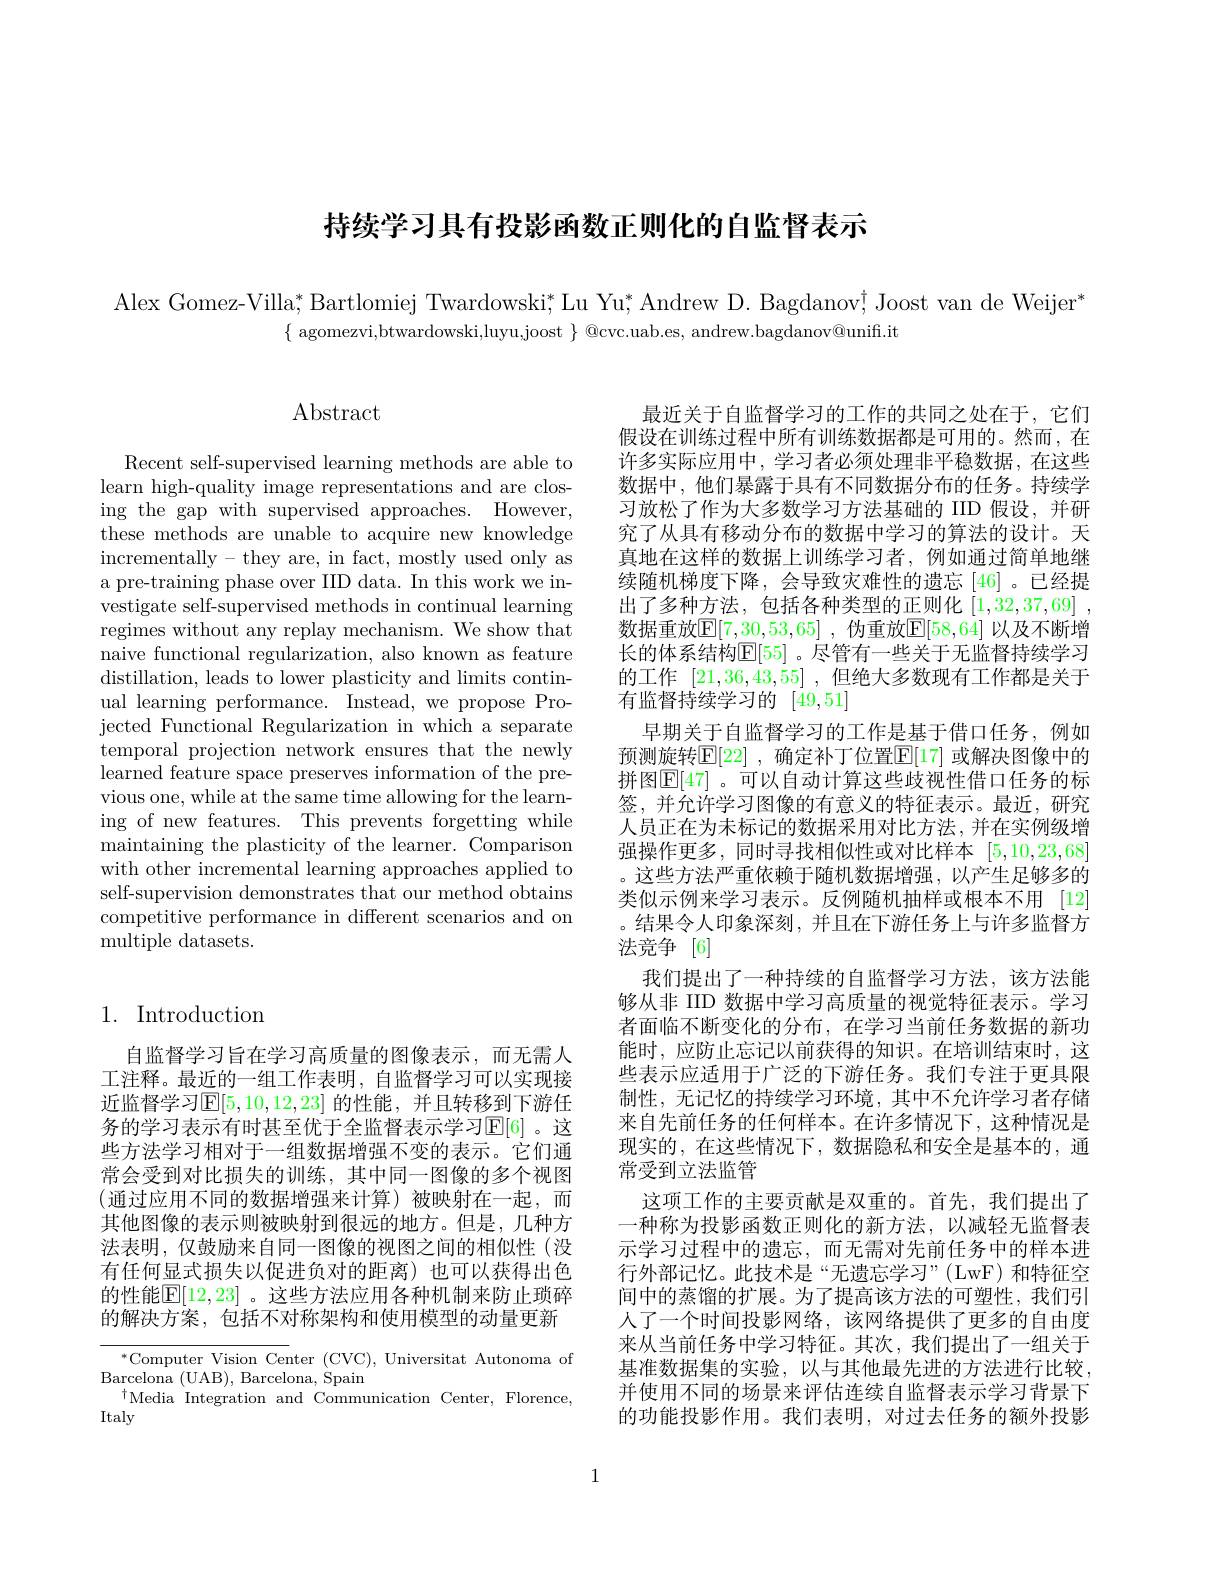
持续学习具有投影函数正则化的自监督表示

Alex Gomez-Villa, Bartlomiej Twardowski; Lu Yu; Andrew D. Bagdanov; Joost van de Weijer"
$\{$ agomezvi,btwardowski,luyu,joost $\}$ @cvc.uab.es, andrew.bagdanov@unifi.it

Abstract

Recent self-supervised learning methods are able to learn high-quality image representations and are closing the gap with supervised approaches. However, these methods are unable to acquire new knowledge incrementally- they are, in fact, mostly used only as a pre-training phase over IID data. In this work we investigate self-supervised methods in continual learning regimes without any replay mechanism. We show that naive functional regularization, also known as feature distillation, leads to lower plasticity and limits continual learning performance. Instead, we propose Projected Functional Regularization in which a separate temporal projection network ensures that the newly learned feature space preserves information of the previous one, while at the same time allowing for the learning of new features. This prevents forgetting while maintaining the plasticity of the learner. Comparison with other incremental learning approaches applied to self-supervision demonstrates that our method obtains competitive performance in different scenarios and on multiple datasets.

# 1. Introduction

自监督学习旨在学习高质量的图像表示，而无需人工注释。最近的一组工作表明，自监督学习可以实现接近监督学习$\mathbb{E}[5,10,12,23]$ 的性能，并且转移到下游任务的学习表示有时甚至优于全监督表示学习$\mathbb{E}[6]$。这些方法学习相对于一组数据增强不变的表示。它们通常会受到对比损失的训练，其中同一图像的多个视图(通过应用不同的数据增强来计算)被映射在一起，而其他图像的表示则被映射到很远的地方。但是，几种方法表明，仅鼓励来自同一图像的视图之间的相似性(没有任何显式损失以促进负对的距离)也可以获得出色的性能$\mathbb{E}[12,23]$ 。这些方法应用各种机制来防止琐碎的解决方案，包括不对称架构和使用模型的动量更新

$^*$Computer Vision Center (CVC), Universitat Autonoma of
$\operatorname{Barcelona}($UAB),Barcelona, $\operatorname{Spain}$
$^{\dagger}$Media Integration and Communication Center, Florence,
Italy

最近关于自监督学习的工作的共同之处在于，它们假设在训练过程中所有训练数据都是可用的。然而，在许多实际应用中，学习者必须处理非平稳数据，在这些数据中，他们暴露于具有不同数据分布的任务。持续学习放松了作为大多数学习方法基础的 IID 假设，并研究了从具有移动分布的数据中学习的算法的设计。天真地在这样的数据上训练学习者，例如通过简单地继续随机梯度下降，会导致灾难性的遗忘[46]。已经提出了多种方法，包括各种类型的正则化[1,32,37,69] 数据重放$\mathbb{E} [ 7, 30, 53, 65]$ , 伪重放$\mathbb{E}[58,64]$ 以及不断增长的体系结构$\mathbb{E}[55]$ 。尽管有一些关于无监督持续学习的工作[21,36,43,55] ,但绝大多数现有工作都是关于有监督持续学习的$[\dot{49},51]$
早期关于自监督学习的工作是基于借口任务，例如预测旋转$\boxed{\mathbb{E}}[22]$ ,确定补丁位置$\boxed{\mathbb{E}}[17]$ 或解决图像中的拼图$\mathbb{E}[47]$。可以自动计算这些歧视性借口任务的标签，并允许学习图像的有意义的特征表示。最近，研究人员正在为未标记的数据采用对比方法，并在实例级增强操作更多，同时寻找相似性或对比样本[5,10,23,68] 。这些方法严重依赖于随机数据增强，以产生足够多的类似示例来学习表示。反例随机抽样或根本不用 [12] 。结果令人印象深刻，并且在下游任务上与许多监督方法竞争 [6]
我们提出了一种持续的自监督学习方法，该方法能够从非 IID 数据中学习高质量的视觉特征表示。学习者面临不断变化的分布，在学习当前任务数据的新功能时，应防止忘记以前获得的知识。在培训结束时，这些表示应适用于广泛的下游任务。我们专注于更具限制性，无记忆的持续学习环境，其中不允许学习者存储来自先前任务的任何样本。在许多情况下，这种情况是现实的，在这些情况下，数据隐私和安全是基本的，通常受到立法监管
这项工作的主要贡献是双重的。首先，我们提出了一种称为投影函数正则化的新方法，以减轻无监督表示学习过程中的遗忘，而无需对先前任务中的样本进行外部记忆。此技术是“无遗忘学习”(LwF)和特征空间中的蒸馏的扩展。为了提高该方法的可塑性，我们引人了一个时间投影网络，该网络提供了更多的自由度来从当前任务中学习特征。其次，我们提出了一组关于基准数据集的实验，以与其他最先进的方法进行比较， 并使用不同的场景来评估连续自监督表示学习背景下的功能投影作用。我们表明，对过去任务的额外投影

1